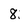
Character: 8